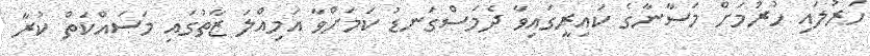
ހަރުލައި ހުރުމަށް މަސާނާގެ ކައިރީގައިވާ ދެމަސްގަނޑު ކަމަށްވާ އަމިއްލަ ޒާތުގައި މަސައްކަތް ކުރާ